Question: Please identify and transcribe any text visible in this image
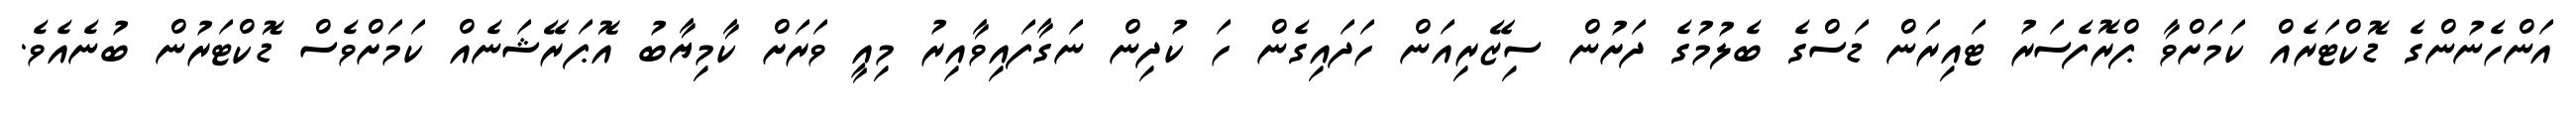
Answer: އަންހެނުންގެ ޑޮކްޓަރެއް ކަމަށްވާ ޕްރޮފެސަރު ޓައިރަން ޑަސްގެ ބެލުމުގެ ދަށުން ސިޒޭރިއަން ހަދައިގެން ހަ ކުދިން ނަގާފައިވާއިރު މިއީ ވަރަށް ކާމިޔާބު އޮޕަރޭޝަނެއް ކަމަށްވެސް ޑޮކްޓަރުން ބުނެއެވެ.